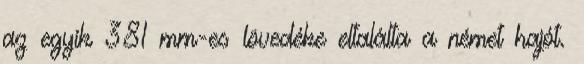
az egyik 381 mm-es lövedéke eltalálta a német hajót.